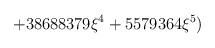
LaTeX: \begin{align*}\displaystyle\hspace{3cm}+38688379\xi^4+5579364\xi^5)\end{align*}